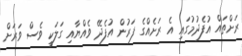
ރަށްތައް އުފެދުމުގައި އެ ރަށެއްގެ ފަރުން އުފެދޭ ވެއްޔާއި ގަލަކީ ވެސް ވަރަށް